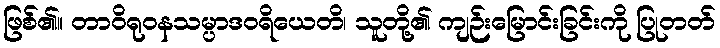
ဖြစ်၏။ တာဝိရုဝနသမ္ပာဒဝရိယေတိ၊ သူတို့၏ ကျဉ်းမြောင်းခြင်းကို ပြုတတ်